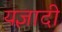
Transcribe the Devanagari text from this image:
यज्ञादी